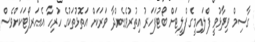
ގާސިމް ވިދާޅުވީ ފްލައިމީގެ ފްލީޓަށް ބޯޓުފަހަރު އިތުރުވެގެންދާ ވަރަކަށް އަތޮޅުތަކުގެ ހުރިހާ އެއަރޕޯޓަކަށްވެސް